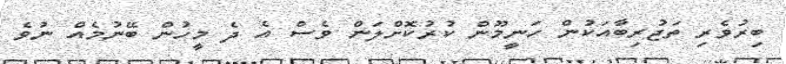
ބިރުވެރި ތަޖުރިބާއަކުން ހަނީމޫން ކުރުކޮށްލަން ވެސް އެ ދެ މީހުން ބޭނުމެއް ނުވެ